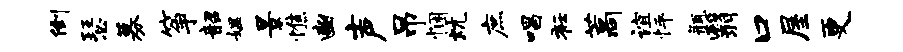
倒瑟募筝韶媪景憔豳声吊悃炕庶唱衽藁谊怦瓶翳口屋更